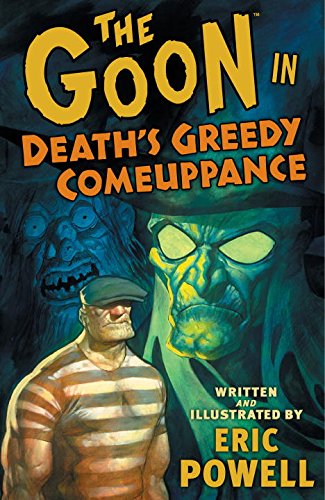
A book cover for The Goon, Vol. 10: Death's Greedy Comeuppance; Eric Powell; Comics & Graphic Novels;